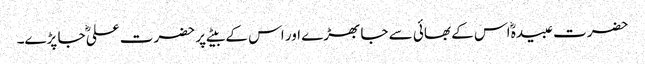
حضرت عبیدہؓ اس کے بھائی سے جا بھڑے اور اس کے بیٹے پر حضرت علیؓ جا پڑے۔